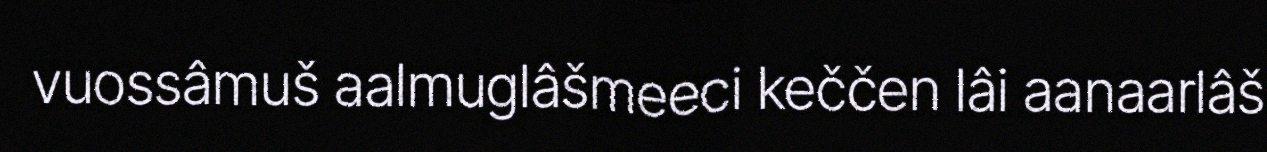
vuossâmuš aalmuglâšmeeci keččen lâi aanaarlâš